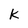
Character: k